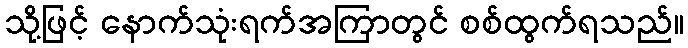
သို့ဖြင့် နောက်သုံးရက်အကြာတွင် စစ်ထွက်ရသည်။